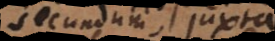
secundum, juxta